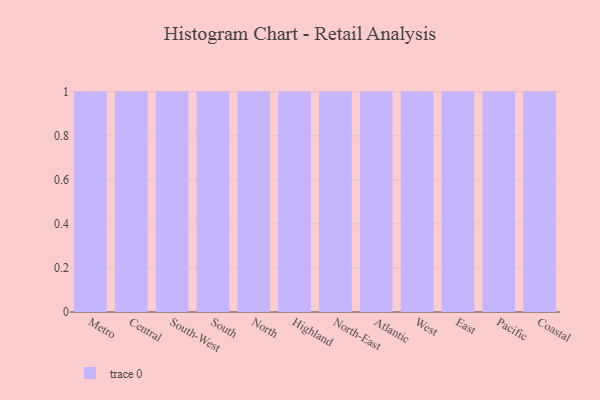
{"axis": {"x": "Region", "y": "Operating Costs (USD K)"}, "legend": [""], "data": [{"x": "Metro", "y": 8, "type": ""}, {"x": "Central", "y": 5, "type": ""}, {"x": "South-West", "y": 71, "type": ""}, {"x": "South", "y": 90, "type": ""}, {"x": "North", "y": 58, "type": ""}, {"x": "Highland", "y": 48, "type": ""}, {"x": "North-East", "y": 10, "type": ""}, {"x": "Atlantic", "y": 9, "type": ""}, {"x": "West", "y": 97, "type": ""}, {"x": "East", "y": 61, "type": ""}, {"x": "Pacific", "y": 96, "type": ""}, {"x": "Coastal", "y": 10, "type": ""}]}